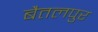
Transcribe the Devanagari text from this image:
बैतलपुर